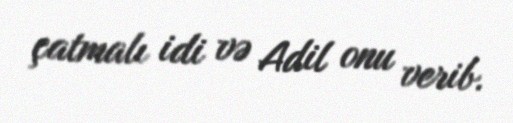
çatmalı idi və Adil onu verib.